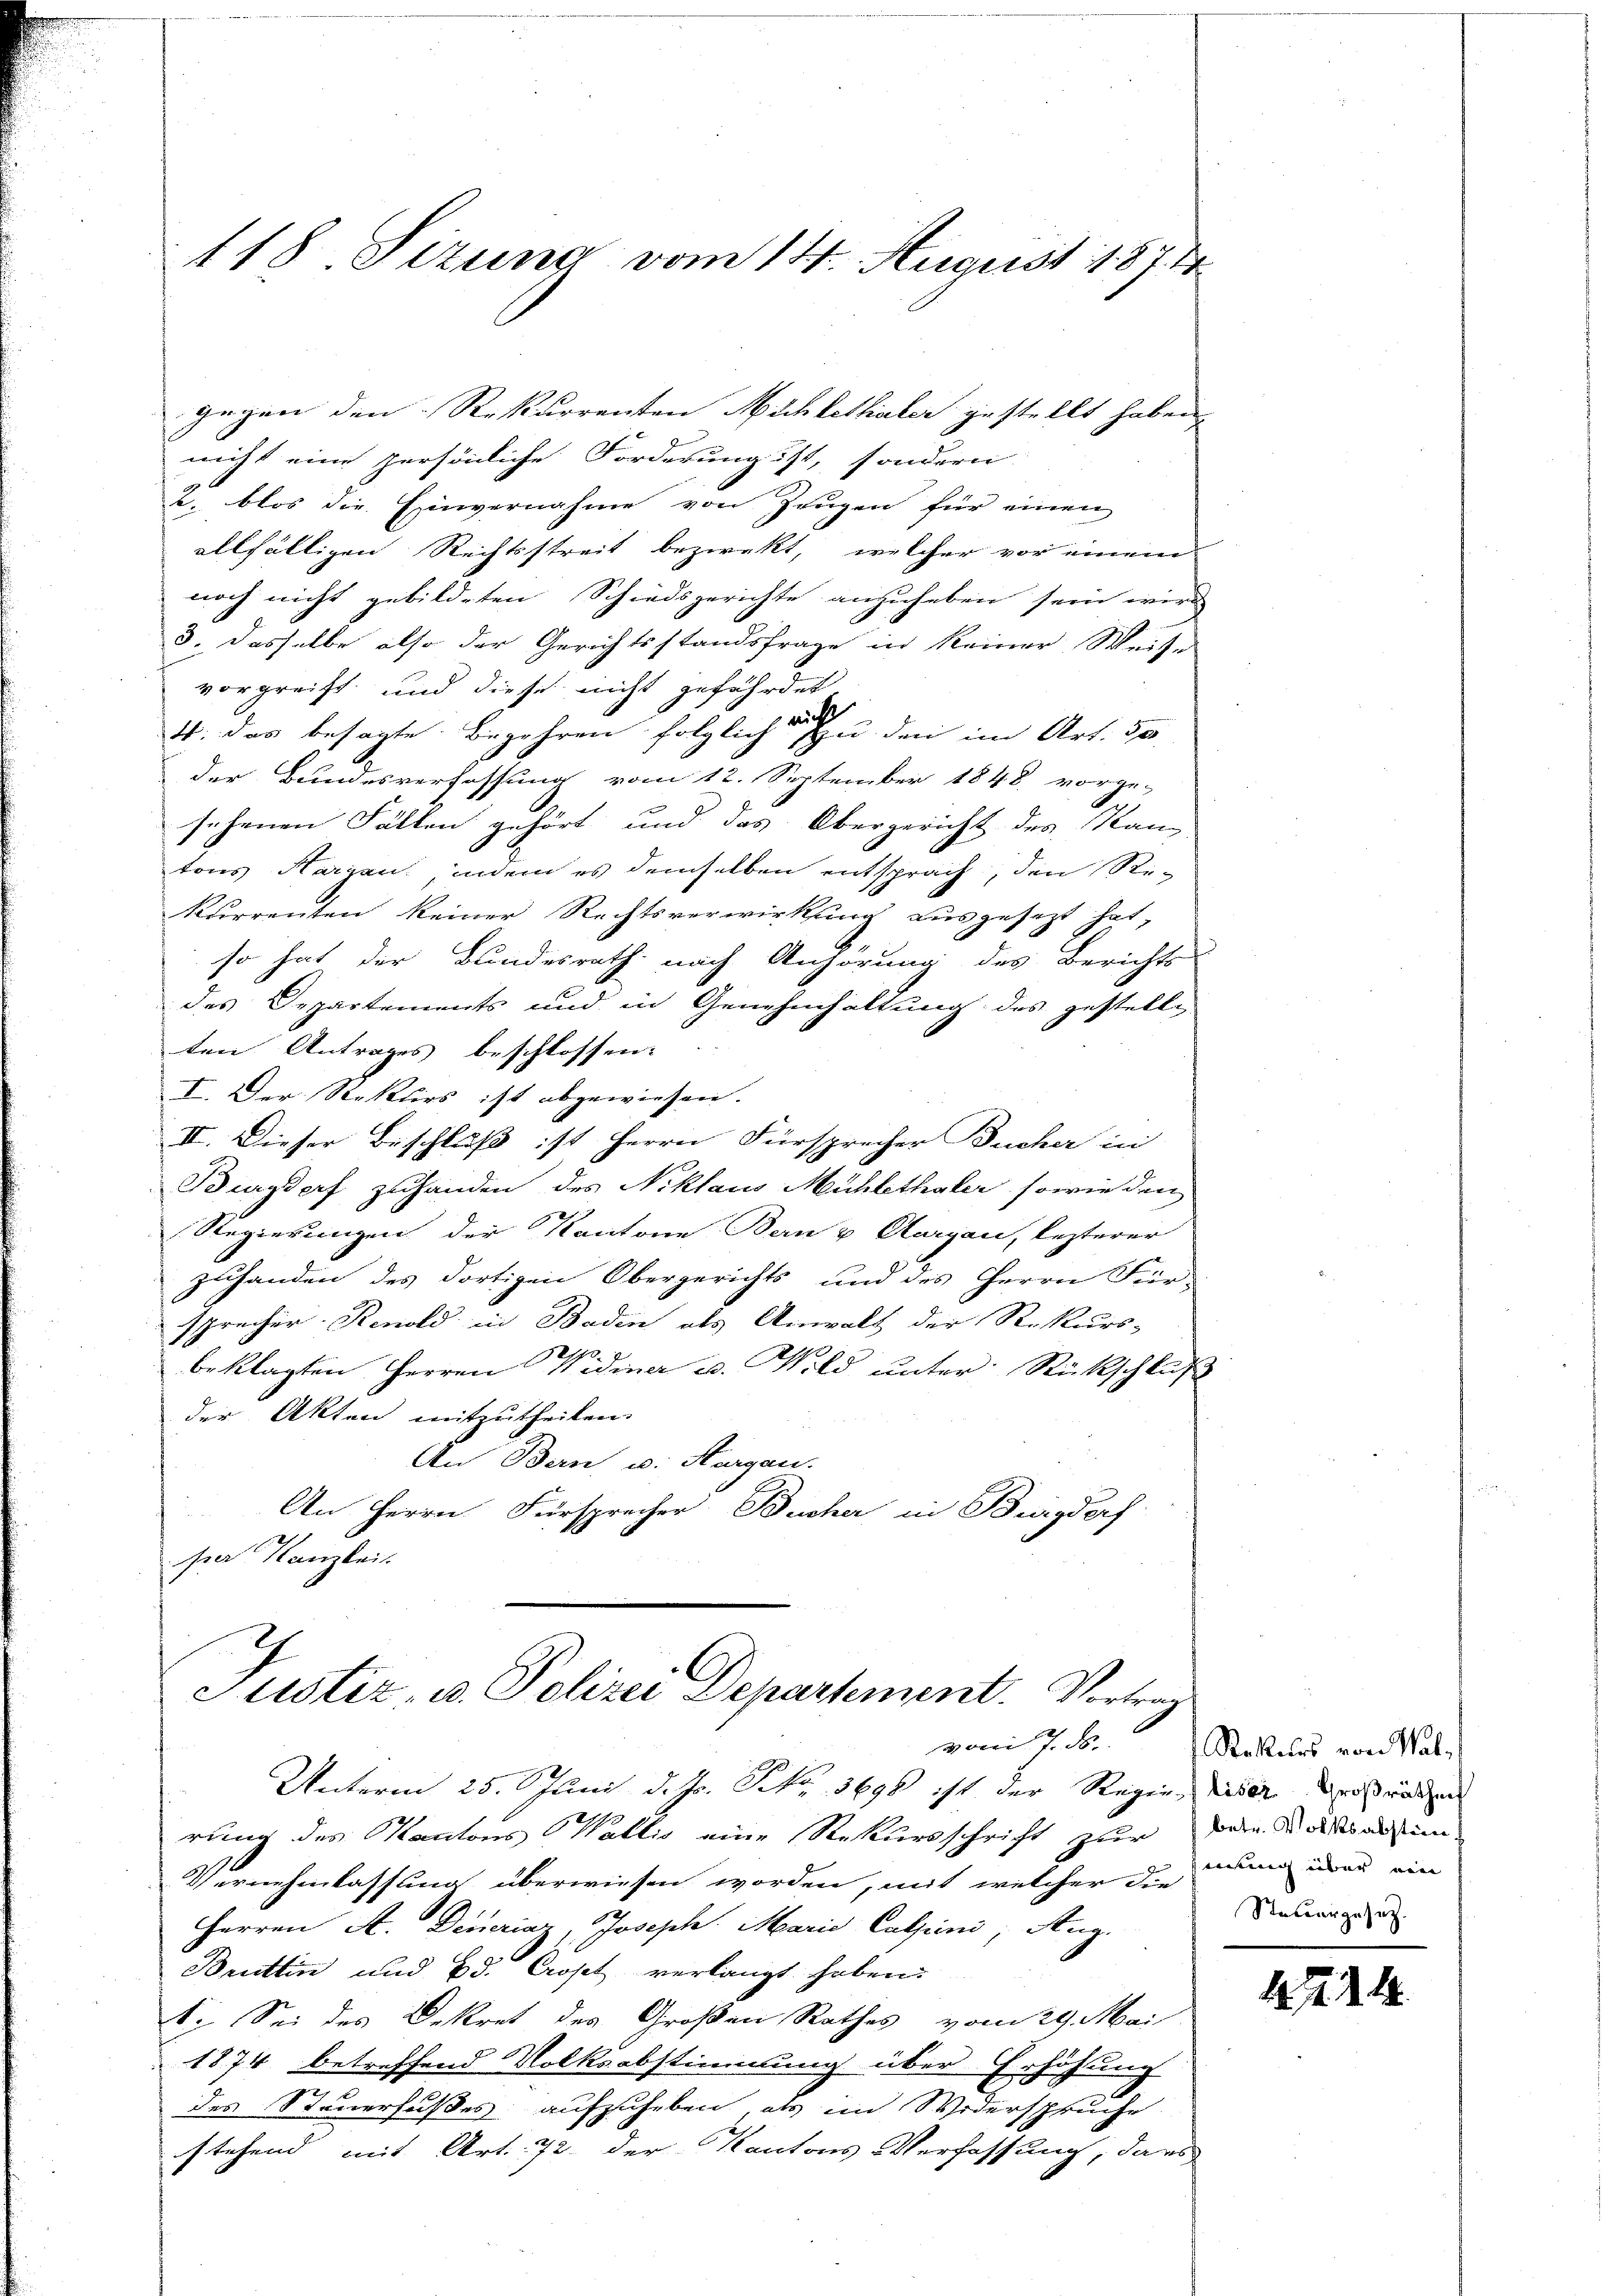
118 Sizung vom 14. August 1874.

gegen den Rekurrenten Nichtethaler gestellt haben,
nicht eine persönliche Forderung ist, sondern
2. blos die Einvernahme von Zeugen für einen
allfälligen Rechtsstreit bezwekt, welcher vor einem
noch nicht gebildeten Schiedsgerichte anzuheben sein wird
3. dasselbe also der Gerichtsstandsfrage in keiner Weis-
vorgreift und diese nicht gefährdet.
6
4: das besagte Begehren folglich des u. den im Art. 50
der Bundesverfassung vom 12. September 1848 vorge-
sehenen Fällen gehört und das Obergericht des Kanz
tons Harzan, indem es demselben entsprach, den Re-
kurrenten keiner Rechtsverwirkung ausgesezt hat,
so hat der Bundesrath nach Anhörung des Berichts-
des Departements und in Genehmhaltung des gestelle
ten Antrages beschlossen:
I. Der Reklirs ist abgewiesen.
II. Dieser Beschluß ist Herrn Fürsprecher Ducher in
Burgdorf zuhanden des Niklaus Mühlethaler sowie den
Regierungen der Kantone Bern & Aargau, lezterer
zuhanden des dortigen Obergerichts und des Herrn Für-
sprecher Renold in Baden als Anwalt der Rekurs-
.
beklagten Herren Vidina u. Wild unter Rückschluß
der Akten mitzutheilen.
An Bern u. Hergau.
An Herrn Fürsprecher Bucher in Burgdorf
se Kanzleit

Justiz- u. Polizei Departement. Vortrag

vom 7. ds.

Unterm 25. Juni d. Js. Frk. 3698 ist der Regie, diese erstreden
rung des Kantons Wallis eine Rekursschrift zur Tode darum
Vernehmlassung überwiesen worden, mit welcher die und eben ein
Herren A. Deneriaz, Joseph Marie Calpini, Aug.
Bruttin und Bd. Cropet verlangt haben.
ti. Sei des Dekret des Großen Rathes vom 29. Mai
1874 betreffend Volksabstimmung über Erhöhung
des Steuerfußes aufzuheben, als im Widerspruche
stehend mit Art. 72 der Kantons-Verfassung, dars

Rekurs von Wal¬
Steuergesetz.

1224.